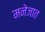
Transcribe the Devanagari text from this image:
मनेजात